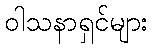
ဝါသနာရှင်များ